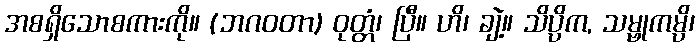
အစရှိသောစကားကို။ (ဘဂဝတာ) ဝုတ္တံ၊ ပြီ။ ဟိ၊ ချဲ့။ သိပ္ပိက, သမ္ဗုကမ္ပိ၊